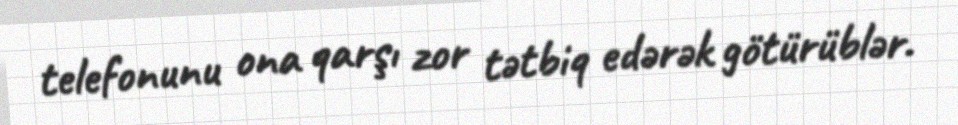
telefonunu ona qarşı zor tətbiq edərək götürüblər.